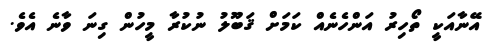
އޭނާއަކީ ތޯހިރު އަންހެނެއް ކަމަށް ޤަބޫލު ނުކުރާ މީހުން ގިނަ ވާނެ އެވެ.